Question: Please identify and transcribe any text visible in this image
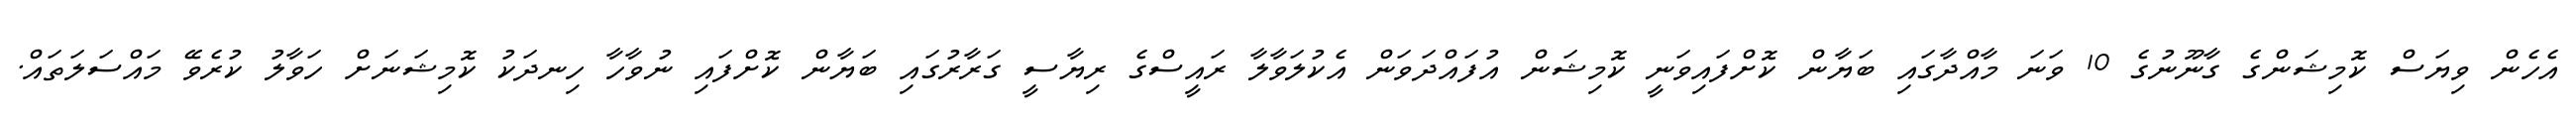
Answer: އެހެން ވިޔަސް ކޮމިޝަންގެ ގާނޫނުގެ 10 ވަނަ މާއްދާގައި ބަޔާން ކޮށްފައިވަނީ ކޮމިޝަން އުފައްދަވަން އެކުލަވާލާ ރައީސްގެ ރިޔާސީ ގަރާރުގައި ބަޔާން ކޮށްފައި ނުވާހާ ހިނދަކު ކޮމިޝަނަށް ހަވާލު ކުރެވޭ މައްސަލަތައް.